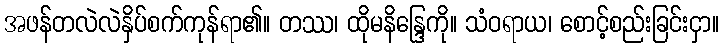
အဖန်တလဲလဲနှိပ်စက်ကုန်ရာ၏။ တဿ၊ ထိုမနိန္ဒြေကို။ သံဝရာယ၊ စောင့်စည်းခြင်းငှာ။